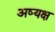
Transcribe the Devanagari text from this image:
अष्यक्ष